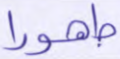
طهورا